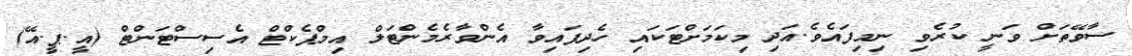
ސާވޭތަށް ވަނީ ކުރެވި ނިމިފައެވެ.އަދި މިކަމަށްޓަކައި ހެދިފައިވާ އެންވާރެމެންޓަލް އިމްޕެކްޓް އެސިސްޓަންޓް (އީ.ޕީ.އޭ)